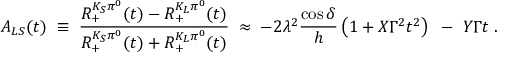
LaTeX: { \cal A } _ { L S } ( t ) \; \equiv \; \frac { { \cal R } _ { + } ^ { K _ { S } \pi ^ { 0 } } ( t ) - { \cal R } _ { + } ^ { K _ { L } \pi ^ { 0 } } ( t ) } { { \cal R } _ { + } ^ { K _ { S } \pi ^ { 0 } } ( t ) + { \cal R } _ { + } ^ { K _ { L } \pi ^ { 0 } } ( t ) } \; \approx \; - 2 \lambda ^ { 2 } \frac { \cos \delta } { h } \left( 1 + X \Gamma ^ { 2 } t ^ { 2 } \right) ~ - ~ Y \Gamma t \; .